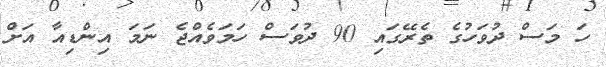
ހަ މަސް ދުވަހުގެ ތެރޭގައި 90 ދުވަސް ހަމަވެއްޖެ ނަމަ އިންޑިއާ އަށް